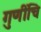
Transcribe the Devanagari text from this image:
गुणींचि